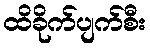
ထိခိုက်ပျက်စီး